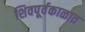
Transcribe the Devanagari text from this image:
शिवपूर्वकाळात